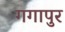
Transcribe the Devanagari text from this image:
गगापुर